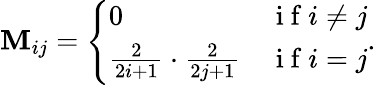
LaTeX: \mathbf{M}_{ij}=\left\{ \begin{array}{ll}{0}&{\mathrm{~i~f~}i\neq j}\\ {\frac{2}{2i+1}\cdot\frac{2}{2j+1}}&{\mathrm{~i~f~}i=j}\end{array}\right..